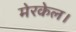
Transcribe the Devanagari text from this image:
मेरकेल।